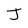
Character: J